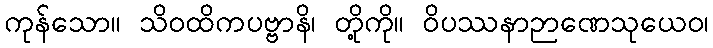
ကုန်သော။ သိဝထိကပဗ္ဗာနိ၊ တို့ကို။ ဝိပဿနာဉာဏေသုယေဝ၊